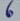
Text: 6